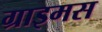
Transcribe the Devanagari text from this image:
ग्राइमस